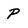
Character: P